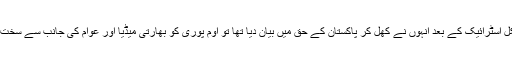
بھارت کے جھوٹے سرجیکل اسٹرائیک کے بعد انہوں نے کھل کر پاکستان کے حق میں بیان دیا تھا تو اوم پوری کو بھارتی میڈیا اور عوام کی جانب سے سخت تنقید کا نشانہ بھی بنایا گیا۔